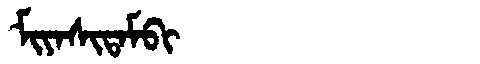
Manchu: ᠮᡳᠶᠠᠰᡳᡨᠠᠮᠪᡳ
Romanization: MIYASITAMBI